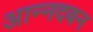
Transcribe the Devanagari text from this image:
आन्नदबन